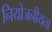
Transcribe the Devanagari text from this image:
नियोजनीयता